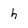
Character: h